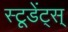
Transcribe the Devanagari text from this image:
स्टूडेंट्स्